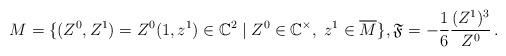
LaTeX: \begin{align*} M^{}=\{(Z^0,Z^1)=Z^0(1,z^1) \in \mathbb{C}^{2} \; | \; Z^0\in \mathbb{C}^{\times}, \; z^1 \in \overline{M}^{}\}, \mathfrak{F}^{}=-\frac{1}{6}\frac{(Z^1)^3}{Z^0}\,.\end{align*}